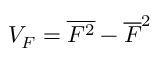
{ \cal V } _ { F } = \overline { { F ^ { 2 } } } - \overline { { F } } ^ { 2 }